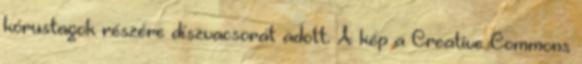
kórustagok részére díszvacsorát adott. A kép a Creative Commons